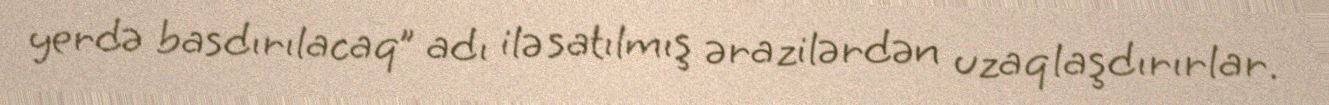
yerdə basdırılacaq” adı ilə satılmış ərazilərdən uzaqlaşdırırlar.